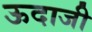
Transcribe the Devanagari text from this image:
ऊदाजी